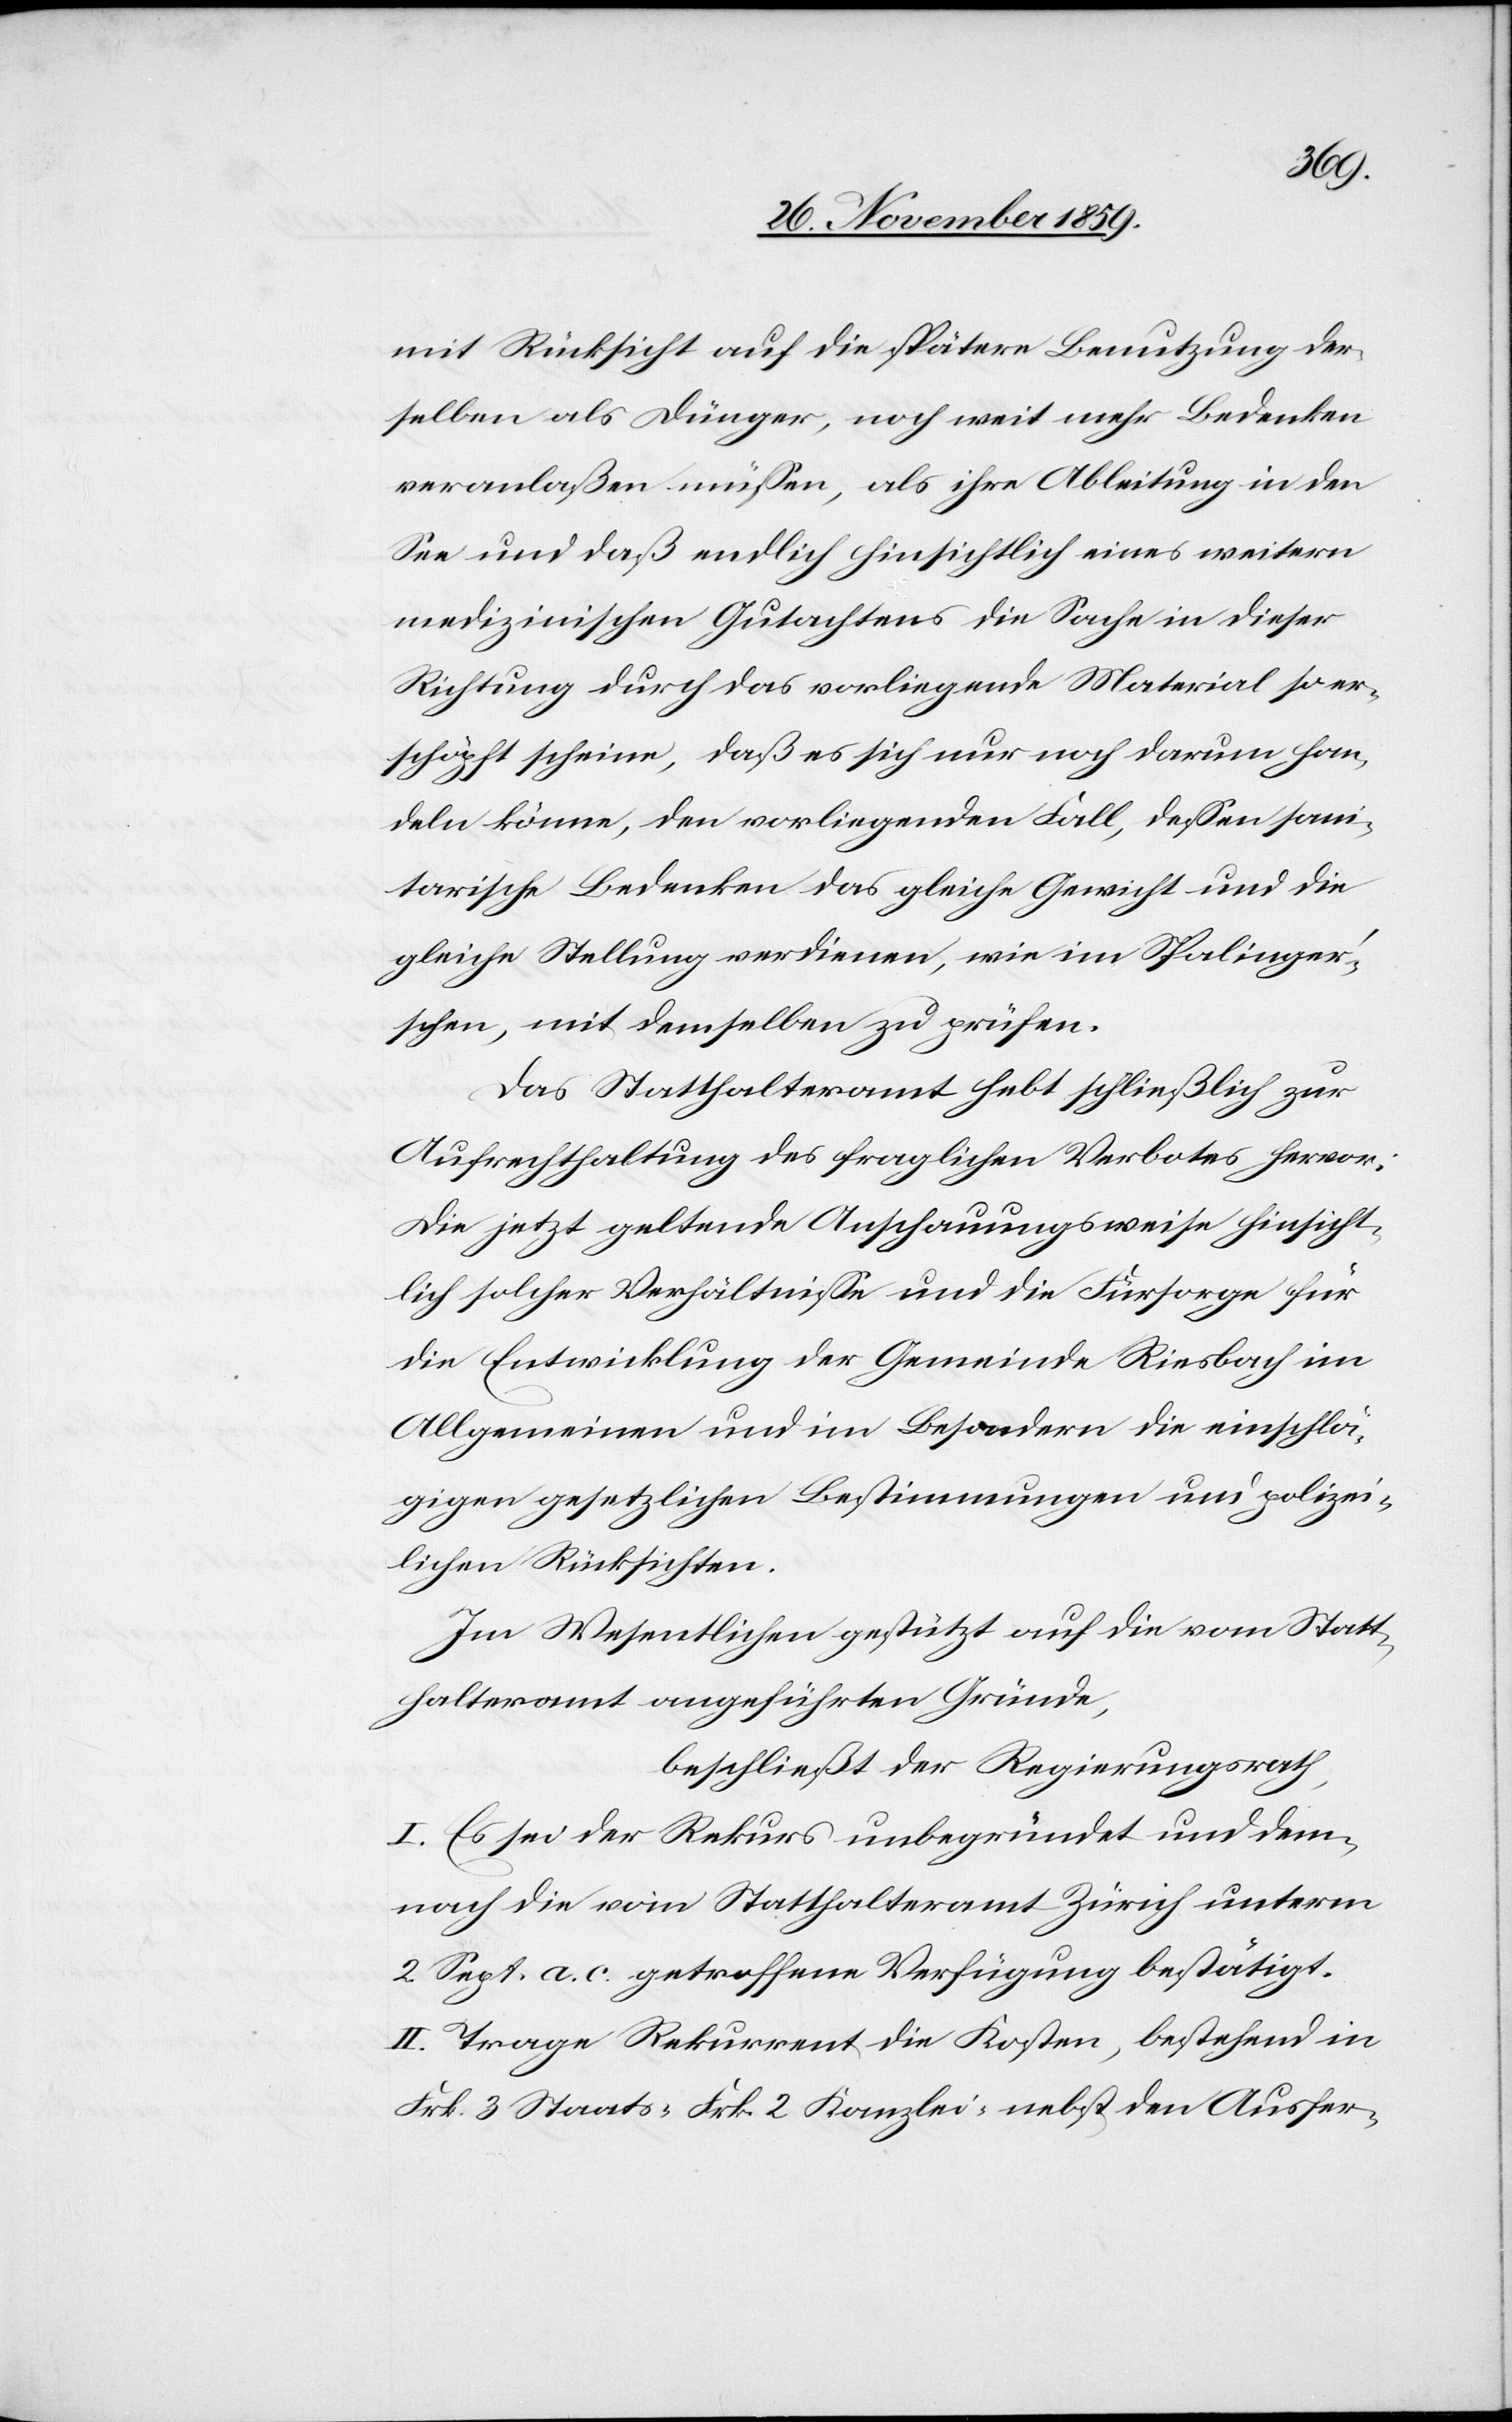
mit Rücksicht auf die spätere Benutzung der¬
selben als Dünger, noch weit mehr Bedenken
veranlaßen müssen, als ihre Ableitung in den
See und daß endlich hinsichtlich eines weitern
medizinischen Gutachtens die Sache in dieser
Richtung durch das vorliegende Material so er¬
schöpft scheine, daß es sich nur noch darum han¬
deln könne, den vorliegenden Fall, dessen sani¬
tarische Bedenken das gleiche Gewicht und die
gleiche Stellung verdienen, wie im Spalinge¬
r’schen, mit demselben zu prüfen.
Das Statthalteramt hebt schließlich zur
Aufrechthaltung des fraglichen Verbotes hervor:
Die jetzt geltende Anschauungsweise hinsicht¬
lich solcher Verhältnisse und die Fürsorge für
die Entwicklung der Gemeinde Riesbach im
Allgemeinen und im Besondern die einschlä¬
gigen gesetzlichen Bestimmungen und polizei¬
lichen Rücksichten.
Im Wesentlichen gestützt auf die vom Statt¬
halteramt aufgeführten Gründe,
beschließt der Regierungsrath,
I. Es sei der Rekurs unbegründet und dem¬
nach die vom Statthalteramt Zürich unterm
2. Sept. a. c. getroffene Verfügung bestätigt.
II. Trage Rekurrent die Kosten, bestehend in
Frk. 3 Staats-[,] Frk. 2 Kanzlei- nebst den Ausfer-